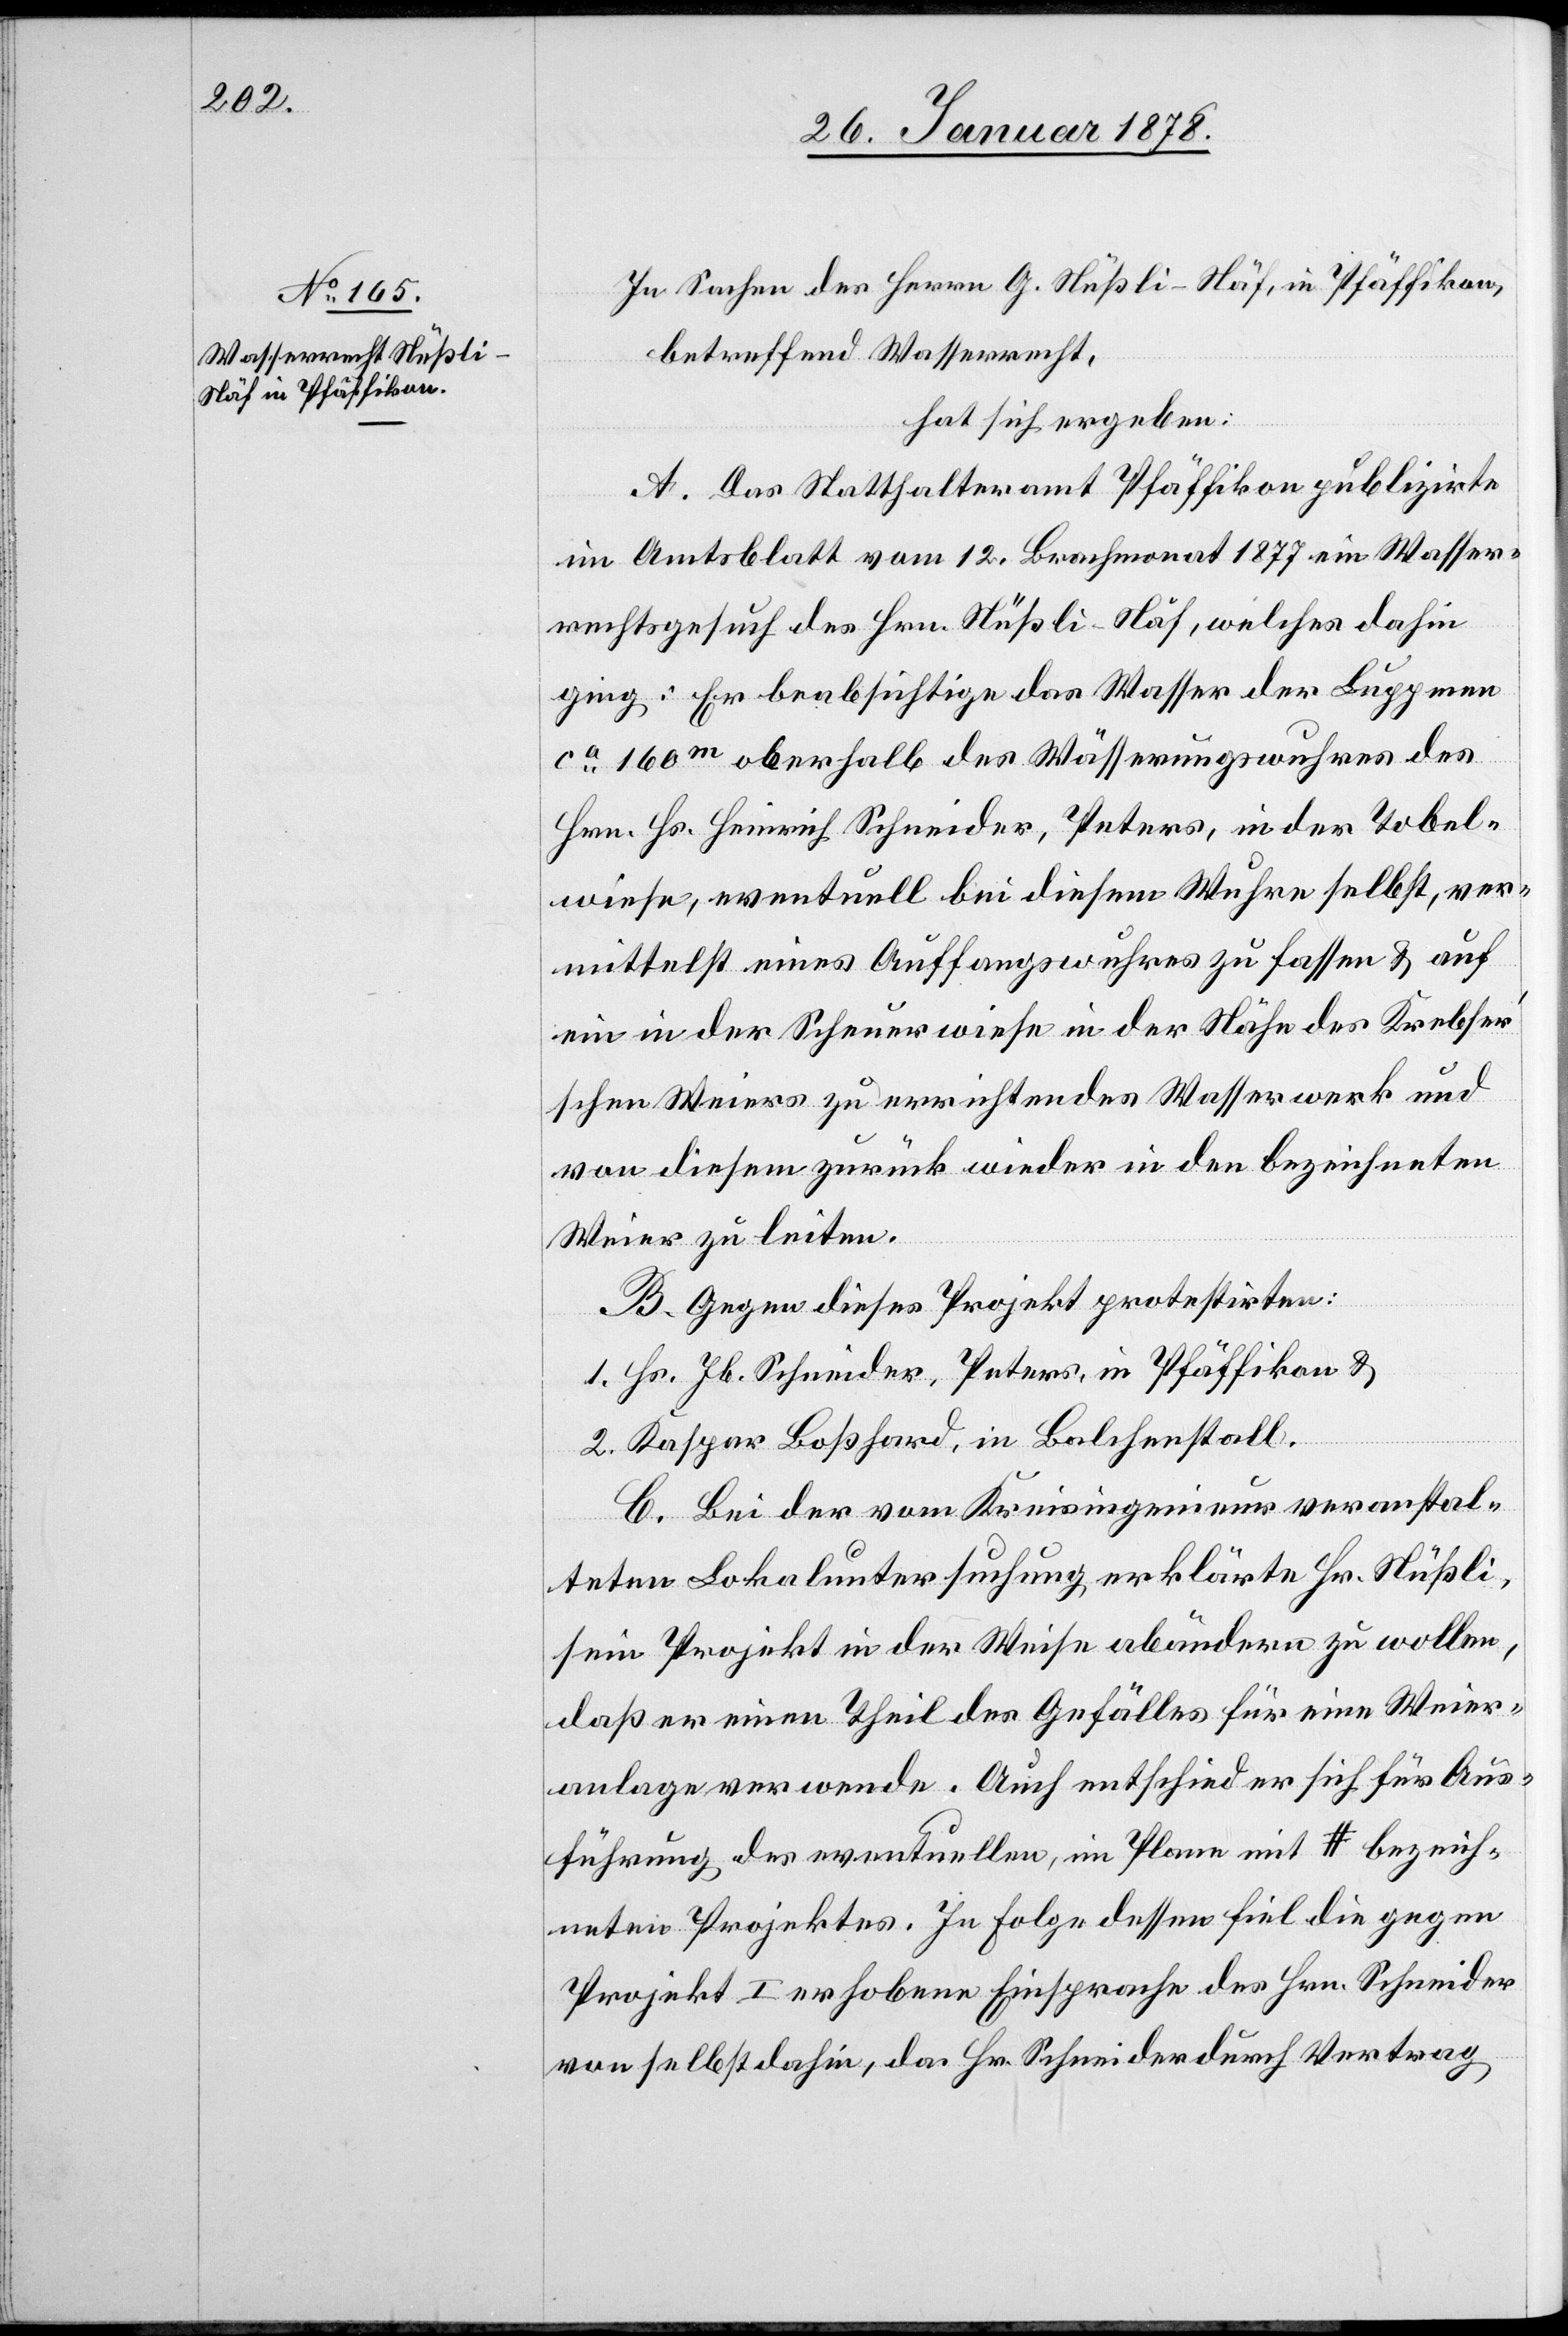
In Sachen des Herren G. Nüßli-Näf, in Pfäffikon,
betreffend Wasserrecht,
hat sich ergeben:
A. Das Statthalteramt Pfäffikon publizirte
im Amtsblatt vom 12. Brachmonat 1877 ein Wasser¬
rechtsgesuch des Hrn. Nüßli-Näf, welches dahin
ging: Er beabsichtige das Wasser der Luppmen
ca. 160 m oberhalb des Wässerungswuhres des
Hrn. Hs. Heinrich Schneider, Peters, in der Tobel¬
wiese, eventuell bei diesem Wuhre selbst, ver¬
mittelst eines Auffangwuhres zu fassen & auf
ein in der Scheuerwiese in der Nähe des Krebser’s¬
chen Weiers zu errichtendes Wasserwerk und
von diesem zurück wieder in den bezeichneten
Weier zu leiten.
B. Gegen dieses Projekt protestirten:
1. Hs. Jb. Schneider, Peters, in Pfäffikon &
2. Kaspar Boßhard, in Balchenstall.
C. Bei der vom Kreisingenieur veranstal¬
teten Lokaluntersuchung, erklärte Hr. Nüßli,
sein Projekt in der Weise abändern zu wollen,
daß er einen Theil des Gefälles für eine Weier¬
anlage verwende. Auch entschied er sich für Aus¬
führung des eventuellen, im Plane mit # bezeich¬
neten Projektes. In Folge dessen fiel die gegen
Projekt I erhobene Einsprache des Hrn. Schneider
von selbst dahin, da Hr. Schneider durch Vertrag